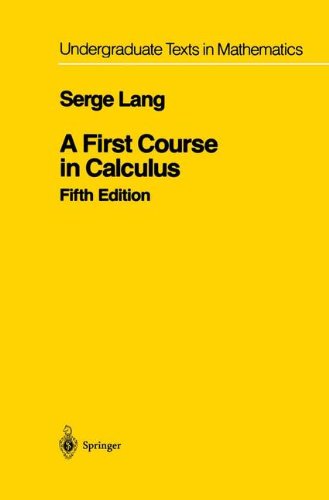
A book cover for A First Course in Calculus (Undergraduate Texts in Mathematics); Serge Lang; Science & Math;